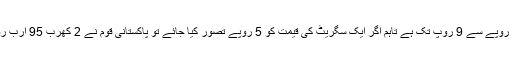
ایک سگریٹ کی قیمت 3 روپے سے 9 روپ تک ہے تاہم اگر ایک سگریٹ کی قیمت کو 5 روپے تصور کیا جائے تو پاکستانی قوم نے 2 کھرب 95 ارب روپے کی سگریٹ پی ہے۔